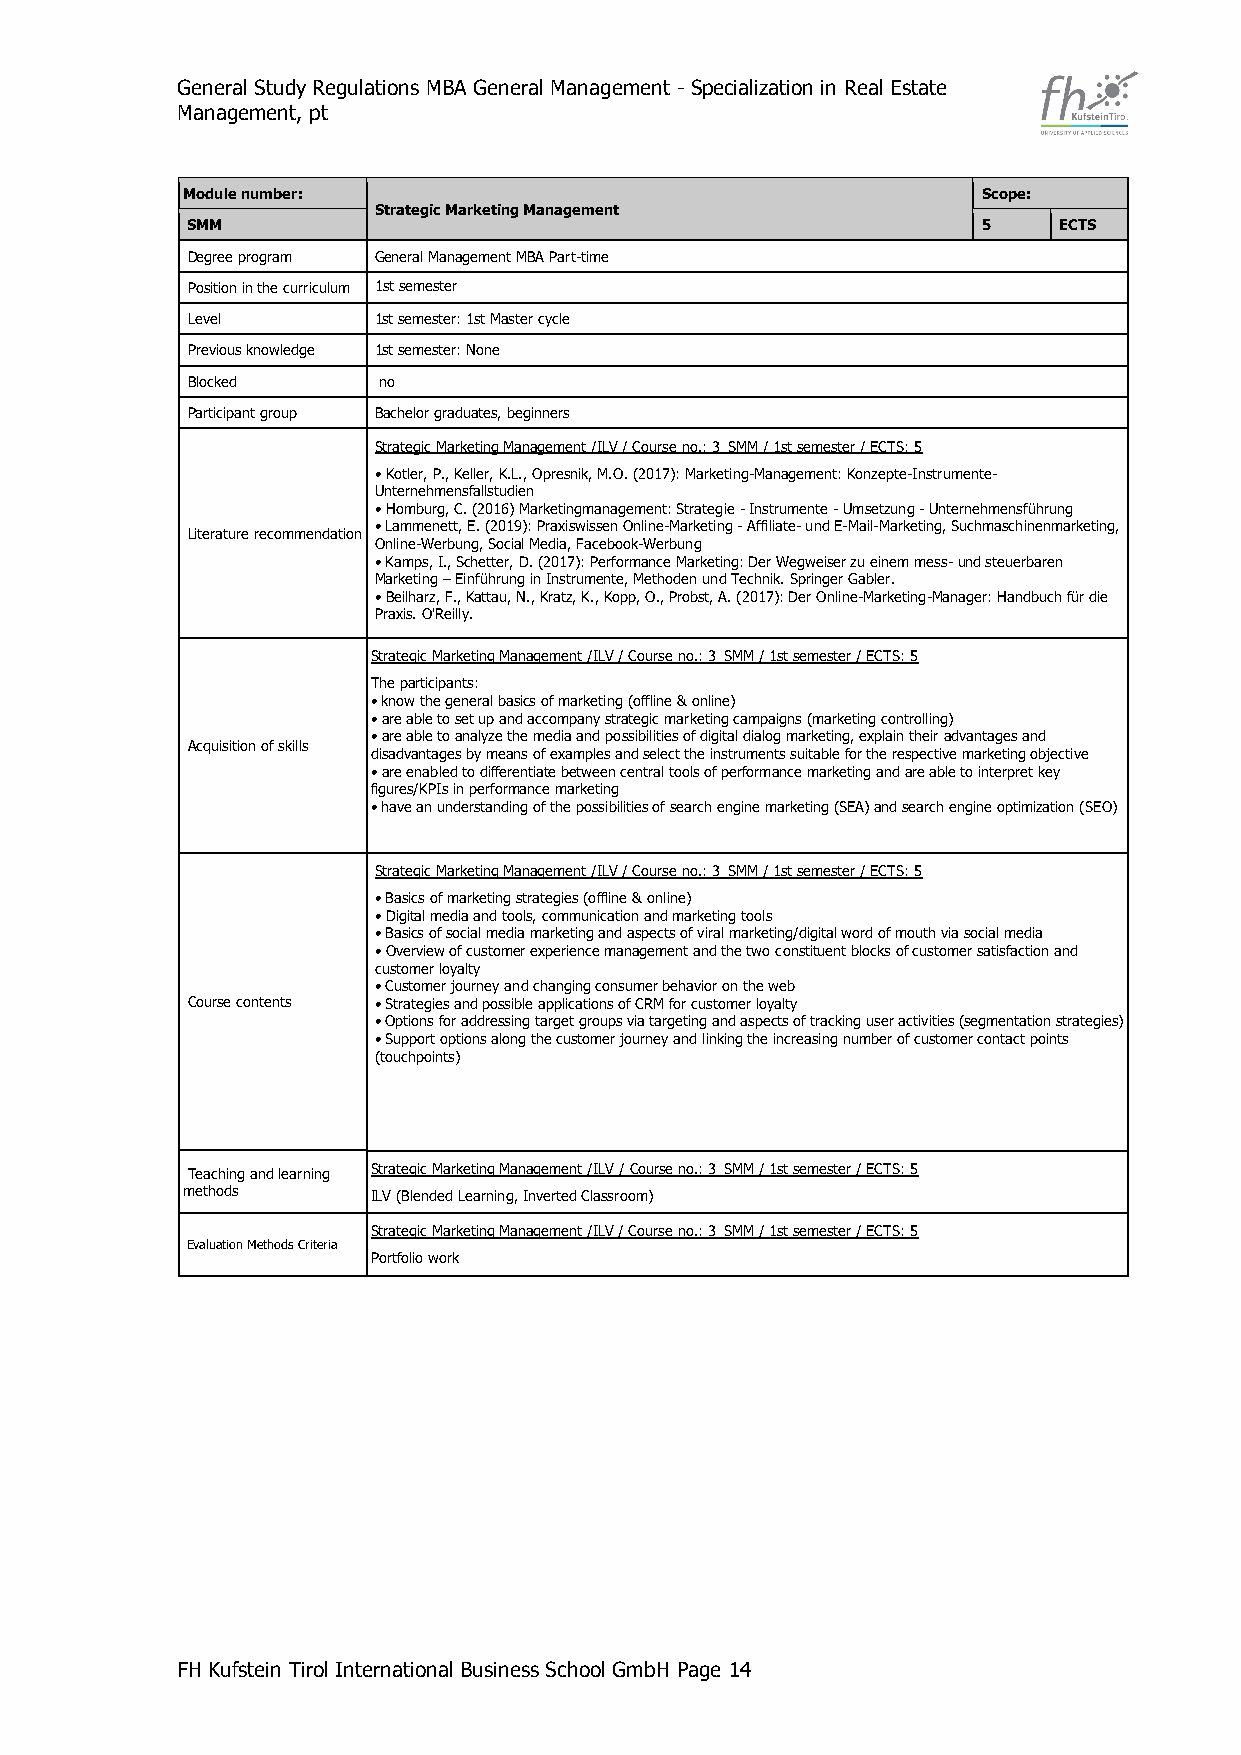
General Study Regulations MBA General Management - Specialization in Real Estate
 Management, pt
 Module number:                                       Scope:
 Strategic Marketing Management
 SMM                                                  5    ECTS
 Degree program General Management MBA Part-time
 Position in the curriculum 1st semester
 Level        1st semester: 1st Master cycle
 Previous knowledge 1st semester: None
 Blocked      no
 Participant group Bachelor graduates, beginners
 Strategic Marketing Management /ILV / Course no.: 3_SMM / 1st semester / ECTS: 5
 • Kotler, P., Keller, K.L., Opresnik, M.O. (2017): Marketing-Management: Konzepte-Instrumente-
 Unternehmensfallstudien
 • Homburg, C. (2016) Marketingmanagement: Strategie - Instrumente - Umsetzung - Unternehmensführung
 Literature recommendation
 • Lammenett, E. (2019): Praxiswissen Online-Marketing - Affiliate- und E-Mail-Marketing, Suchmaschinenmarketing,
 Online-Werbung, Social Media, Facebook-Werbung
 • Kamps, I., Schetter, D. (2017): Performance Marketing: Der Wegweiser zu einem mess- und steuerbaren
 Marketing – Einführung in Instrumente, Methoden und Technik. Springer Gabler.
 • Beilharz, F., Kattau, N., Kratz, K., Kopp, O., Probst, A. (2017): Der Online-Marketing-Manager: Handbuch für die
 Praxis. O'Reilly.
 Strategic Marketing Management /ILV / Course no.: 3_SMM / 1st semester / ECTS: 5
 The participants:
 • know the general basics of marketing (offline & online)
 • are able to set up and accompany strategic marketing campaigns (marketing controlling)
 Acquisition of skills
 • are able to analyze the media and possibilities of digital dialog marketing, explain their advantages and
 disadvantages by means of examples and select the instruments suitable for the respective marketing objective
 • are enabled to differentiate between central tools of performance marketing and are able to interpret key
 figures/KPIs in performance marketing
 • have an understanding of the possibilities of search engine marketing (SEA) and search engine optimization (SEO)
 Strategic Marketing Management /ILV / Course no.: 3_SMM / 1st semester / ECTS: 5
 • Basics of marketing strategies (offline & online)
 • Digital media and tools, communication and marketing tools
 • Basics of social media marketing and aspects of viral marketing/digital word of mouth via social media
 • Overview of customer experience management and the two constituent blocks of customer satisfaction and
 customer loyalty
 • Customer journey and changing consumer behavior on the web
 Course contents • Strategies and possible applications of CRM for customer loyalty
 • Options for addressing target groups via targeting and aspects of tracking user activities (segmentation strategies)
 • Support options along the customer journey and linking the increasing number of customer contact points
 (touchpoints)
 Teaching and learning Strategic Marketing Management /ILV / Course no.: 3_SMM / 1st semester / ECTS: 5
 methods      ILV (Blended Learning, Inverted Classroom)
 Strategic Marketing Management /ILV / Course no.: 3_SMM / 1st semester / ECTS: 5
 Evaluation Methods Criteria
 Portfolio work
 FH Kufstein Tirol International Business School GmbH Page 14